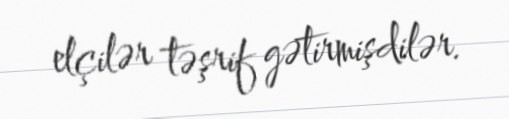
elçilər təşrif gətirmişdilər.